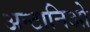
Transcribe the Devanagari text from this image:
अन्टानिओ